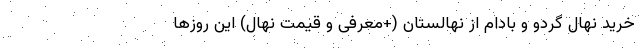
خرید نهال گردو و بادام از نهالستان (+معرفی و قیمت نهال) این روزها